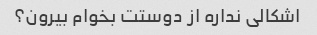
اشکالی نداره از دوستت بخوام بیرون؟